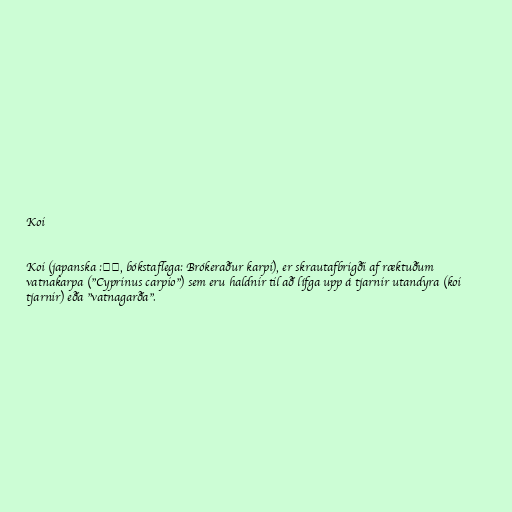
Koi

Koi (japanska :錦鯉, bókstaflega: Brókeraður karpi), er skrautafbrigði af ræktuðum
vatnakarpa ("Cyprinus carpio") sem eru haldnir til að lífga upp á tjarnir utandyra (koi
tjarnir) eða "vatnagarða".